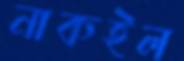
নাকইল